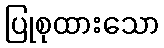
ပြုစုထားသော